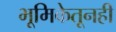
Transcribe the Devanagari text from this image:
भूमिकेतूनही